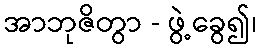
အာဘုဇိတွာ - ဖွဲ့ခွေ၍၊